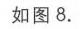
如图8.